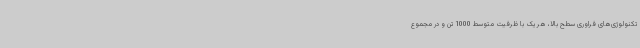
تکنولوژی‌های فراوری سطح بالا، هر یک با ظرفیت متوسط 1000 تن و در مجموع